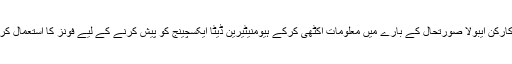
امدادی کارکن ایبولا صورتحال کے بارے میں معلومات اکٹھی کرکے ہیومنیٹیرین ڈیٹا ایکسچینج کو پیش کرنے کے لیے فونز کا استعمال کریں گے۔